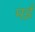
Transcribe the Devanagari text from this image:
मर्इ